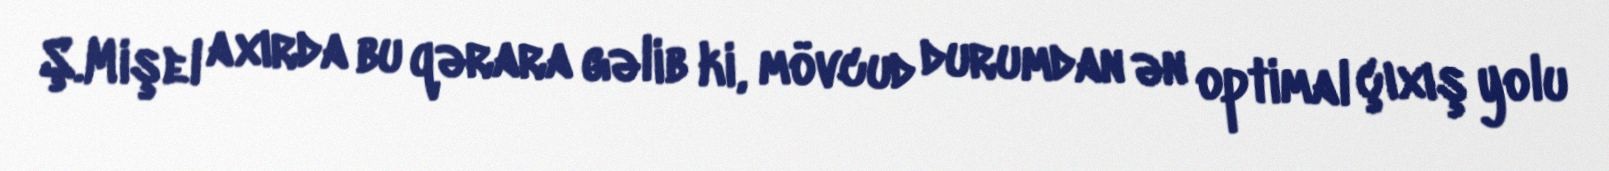
Ş.Mişel axırda bu qərara gəlib ki, mövcud durumdan ən optimal çıxış yolu